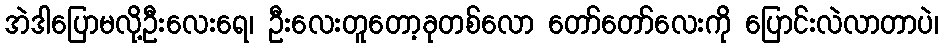
အဲဒါပြောမလို့ဦးလေးရေ၊ ဦးလေးတူတော့ခုတစ်လော တော်တော်လေးကို ပြောင်းလဲလာတာပဲ၊